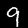
Digit: 9